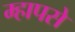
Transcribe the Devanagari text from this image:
म्हापसे